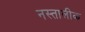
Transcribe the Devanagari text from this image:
नस्तालीक